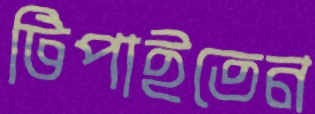
টিপাইতেন